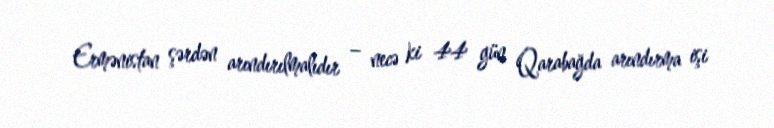
Ermənistan şərdən arındırılmalıdır – necə ki 44 gün Qarabağda arındırma işi